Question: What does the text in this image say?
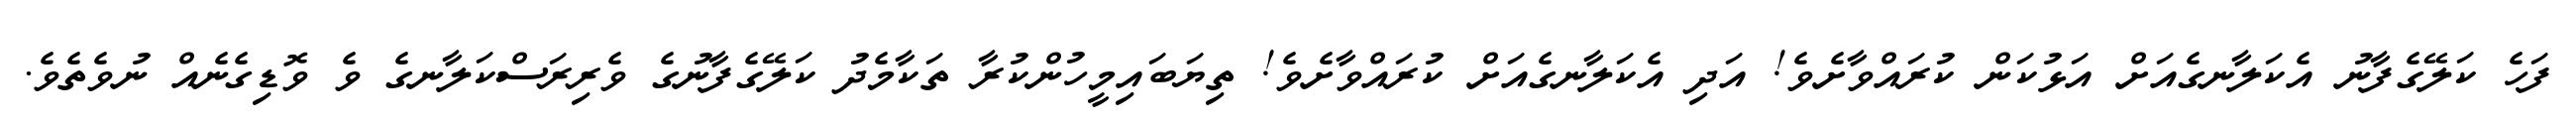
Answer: ފަހެ ކަލޭގެފާނު އެކަލާނގެއަށް އަޅުކަން ކުރައްވާށެވެ! އަދި އެކަލާނގެއަށް ކުރައްވާށެވެ! ތިޔަބައިމީހުންކުރާ ތަކާމެދު ކަލޭގެފާނުގެ ވެރިރަސްކަލާނގެ ވެ ވޮޑިގެނެއް ނުވެތެވެ.